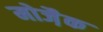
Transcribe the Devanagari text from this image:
मोजै़क